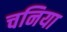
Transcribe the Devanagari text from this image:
चनिया